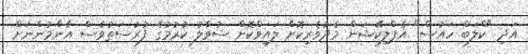
އަދި "ކްލަބް ހައުސް" އެޕްލިކޭޝަން މެދުވެރިކޮށް ލައިވްކޮށް ސުވާލު ކުރުމުގެ ފުރުސަތުވެސް އާންމުންނަށް